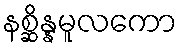
နစ္ဆိန္နမူလကော